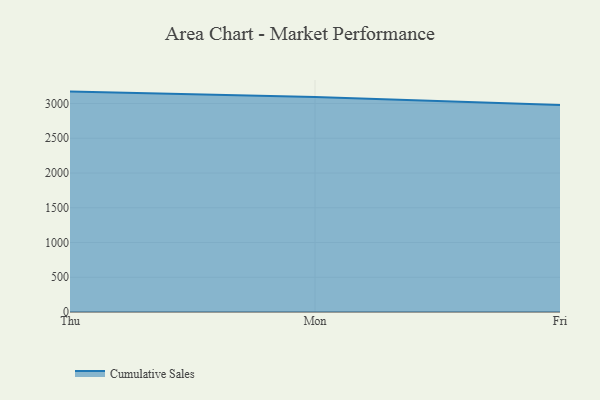
{"axis": {"x": "Day", "y": "Operating Costs (USD K)"}, "legend": ["Cumulative Sales"], "data": [{"x": "Thu", "y": 3171.7, "type": "Cumulative Sales"}, {"x": "Mon", "y": 3094.1, "type": "Cumulative Sales"}, {"x": "Fri", "y": 2979.9, "type": "Cumulative Sales"}]}